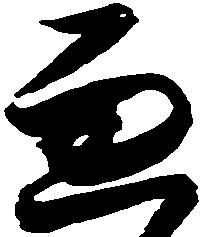
兼